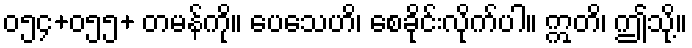
၀၅၄+၀၅၅+ တမန်ကို။ ပေသေဟိ၊ စေခိုင်းလိုက်ပါ။ ဣတိ၊ ဤသို့။